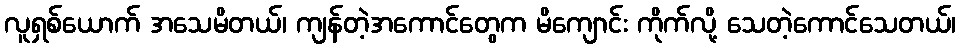
လူရှစ်ယောက် အသေမိတယ်၊ ကျန်တဲ့အကောင်တွေက မိကျောင်း ကိုက်လို့ သေတဲ့ကောင်သေတယ်၊